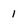
Character: 1